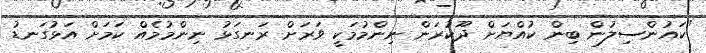
"ކައުންސިލުން ބިން ކުއްޔަށް ދޫކުރަން ނިންމުމަކީ ވަރަށް ރަނގަޅު ނިންމުމެއް ކަމަށް އަޅުގަނޑު